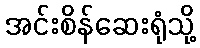
အင်းစိန်ဆေးရုံသို့